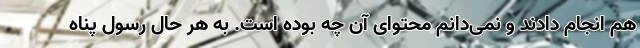
هم انجام دادند و نمی‌دانم محتوای آن چه بوده است. به هر حال رسول پناه